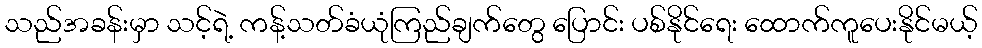
သည်အခန်းမှာ သင့်ရဲ့ ကန့်သတ်ခံယုံကြည်ချက်တွေ ပြောင်း ပစ်နိုင်ရေး ထောက်ကူပေးနိုင်မယ့်